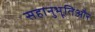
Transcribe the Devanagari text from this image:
सहानुभूतिऔर